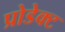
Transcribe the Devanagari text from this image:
प्रोडेक्ट